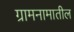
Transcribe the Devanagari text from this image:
ग्रामनामातील